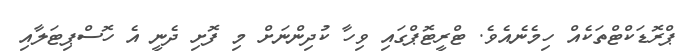
ޕްރޮޑަކްޓްތަކެއް ހިމެނެއެވެ. ޓްރީޓޮޕްގައި ވިހާ ކުދިންނަށް މި ފޮށި ދެނީ އެ ހޮސްޕިޓަލާއި